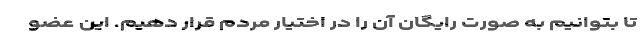
تا بتوانیم به صورت رایگان آن را در اختیار مردم قرار دهیم. این عضو